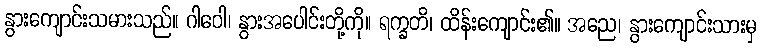
နွားကျောင်းသမားသည်။ ဂါဝေါ၊ နွားအပေါင်းတို့ကို။ ရက္ခတိ၊ ထိန်းကျောင်း၏။ အညေ၊ နွားကျောင်းသားမှ